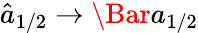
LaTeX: \hat{a}_{1/2}\rightarrow\Bar{a}_{1/2}